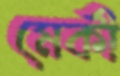
মেকী